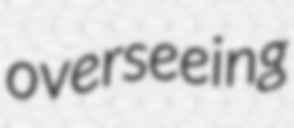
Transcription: overseeing